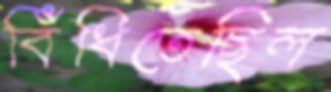
বিঁধিতেছিল